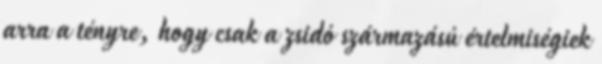
arra a tényre, hogy csak a zsidó származású értelmiségiek